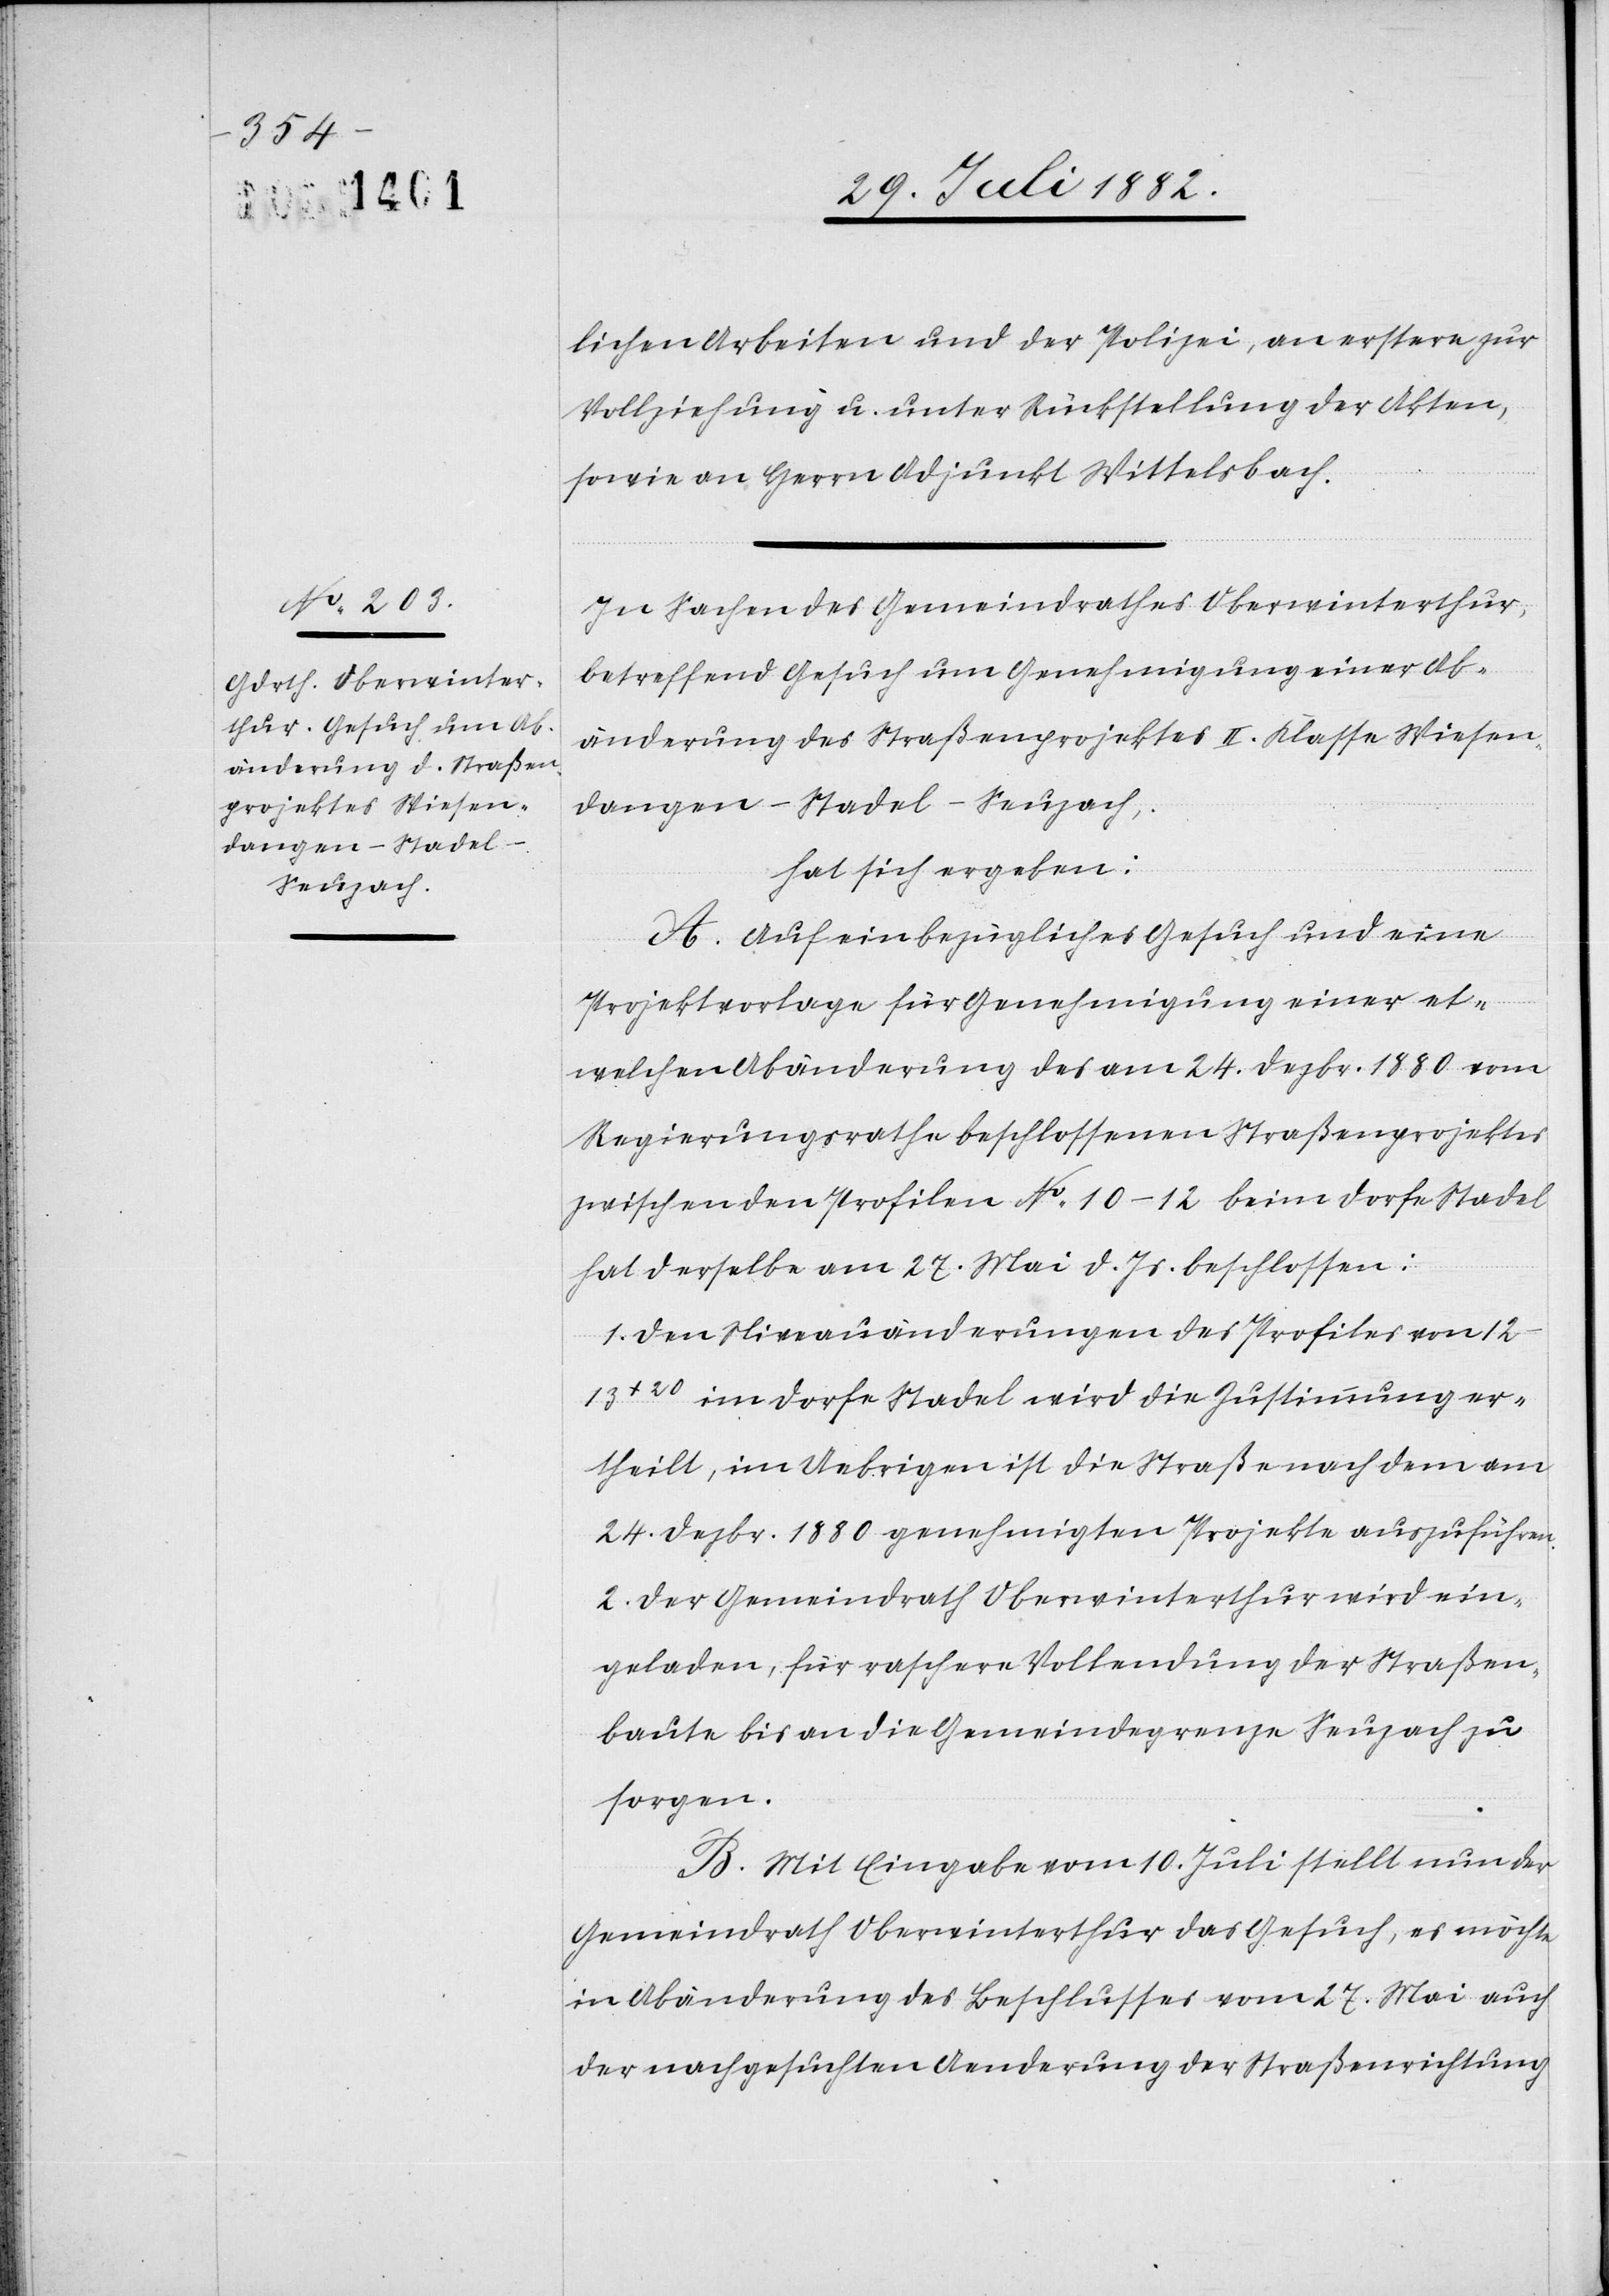
lichen Arbeiten und der Polizei, an erster zur
Vollziehung u. unter Rückstellung der Akten,
sowie an Herrn Adjunkt Wittelsbach.
In Sachen des Gemeindrathes Oberwinterthur,
betreffend Gesuch um Genehmigung einer Ab¬
änderung des Straßenprojektes II. Klasse Wiesen¬
dangen–Stadel–Seuzach,
hat sich ergeben:
A. Auf ein bezügliches Gesuch und eine
Projektvorlage für Genehmigung einer et¬
welchen Abänderung des am 24. Dezbr. 1880 vom
Regierungsrathe beschlossenen Straßenprojektes
zwischen den Profilen No 10–12 beim Dorfe Stadel
hat derselbe am 27. Mai d. Js. beschlossen:
1. Den Niveauänderungen des Profiles von
12–13+20 im Dorfe Stadel wird die Zustimmung er¬
theilt, im Uebrigen ist die Straße nach dem am
24. Dezbr. 1880 genehmigten Projekte auszuführen.
2. Der Gemeindrath Oberwinterthur wird ein¬
geladen, für raschere Vollendung der Straßen¬
baute bis an die Gemeindegrenze Seuzach zu
sorgen.
B. Mit Eingabe vom 10. Juli stellt nun der
Gemeindrath Oberwinterthur das Gesuch, es möchte
in Abänderung des Beschlusses vom 27. Mai auch
der nachgesuchten Aenderung der Straßenrichtung